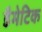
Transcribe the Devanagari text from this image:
डैमेटिक